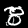
Digit: 8